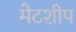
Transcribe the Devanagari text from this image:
मेटशीप